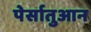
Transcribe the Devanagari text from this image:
पेर्सातुआन